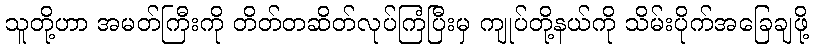
သူတို့ဟာ အမတ်ကြီးကို တိတ်တဆိတ်လုပ်ကြံပြီးမှ ကျုပ်တို့နယ်ကို သိမ်းပိုက်အခြေချဖို့